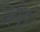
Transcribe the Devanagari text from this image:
अंधरे